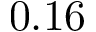
0 . 1 6